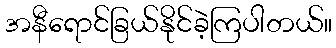
အနီရောင်ခြယ်နိုင်ခဲ့ကြပါတယ်။